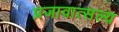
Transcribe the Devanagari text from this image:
प्रजावात्सल्य